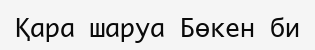
Қара шаруа Бөкен би